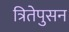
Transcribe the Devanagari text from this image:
त्रितेपुसन